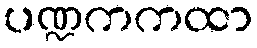
ပဏ္ဍကကထာ